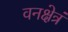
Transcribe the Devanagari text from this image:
वनक्षेत्रं